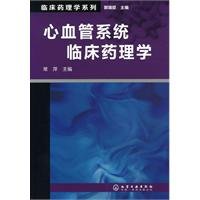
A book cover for Clinical Pharmacology Series: cardiovascular clinical pharmacology; GUO RUI CHEN CHANG PING; Medical Books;